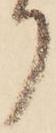
り